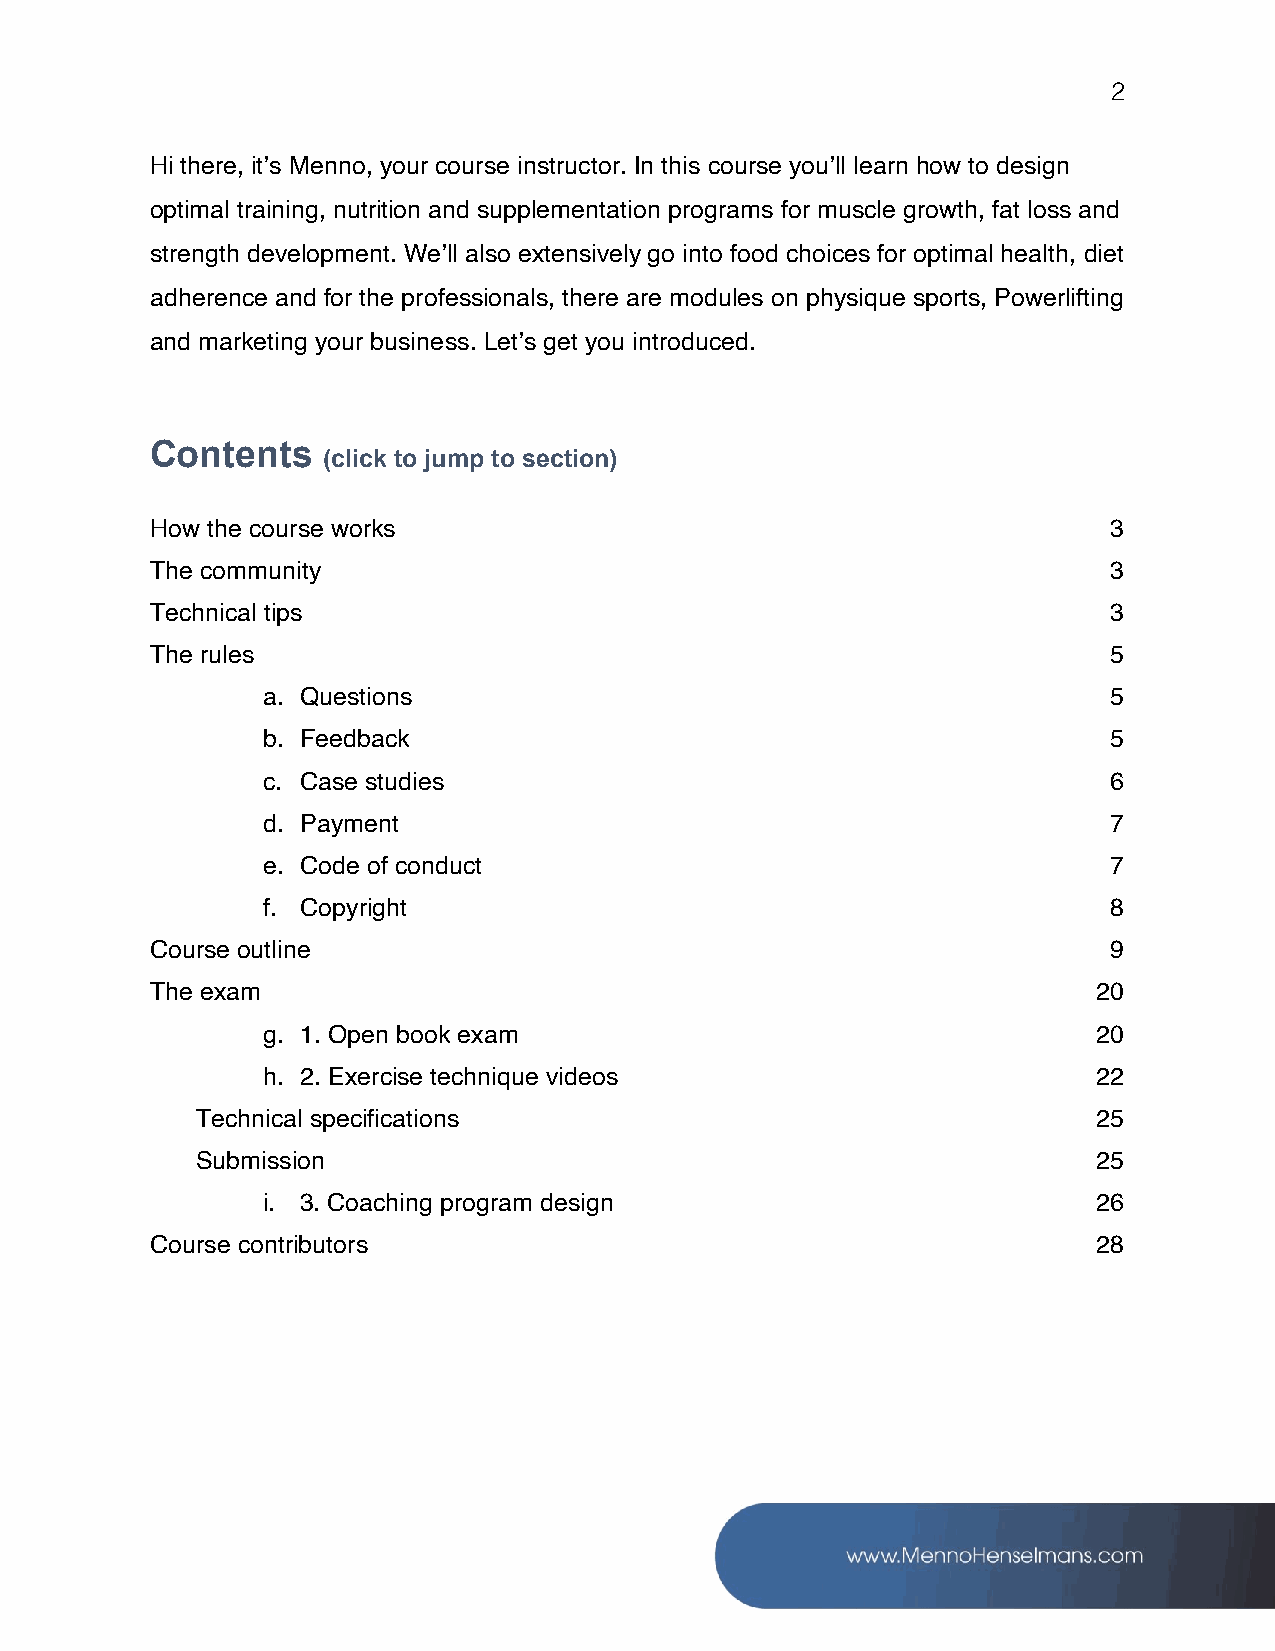
2
 Hi there, it’s Menno, your course instructor. In this course you’ll learn how to design
 optimal training, nutrition and supplementation programs for muscle growth, fat loss and
 strength development. We’ll also extensively go into food choices for optimal health, diet
 adherence and for the professionals, there are modules on physique sports, Powerlifting
 and marketing your business. Let’s get you introduced.
 Contents
 (click to jump to section)
 How the course works                                            3
 The community                                                   3
 Technical tips                                                  3
 The rules                                                       5
 a. Questions                                             5
 b. Feedback                                              5
 c. Case studies                                          6
 d. Payment                                               7
 e. Code of conduct                                       7
 f. Copyright                                             8
 Course outline                                                  9
 The exam                                                       20
 g. 1. Open book exam                                    20
 h. 2. Exercise technique videos                         22
 Technical specifications                                    25
 Submission                                                  25
 i. 3. Coaching program design                           26
 Course contributors                                            28